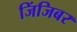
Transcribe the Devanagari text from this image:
जिंजिबर